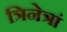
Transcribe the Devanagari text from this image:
त्रिनेत्रां